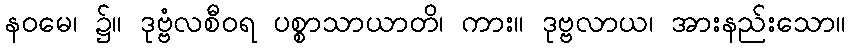
နဝမေ၊ ၌။ ဒုဗ္ဗံလစီဝရ ပစ္စာသာယာတိ၊ ကား။ ဒုဗ္ဗလာယ၊ အားနည်းသော။